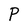
Character: P